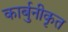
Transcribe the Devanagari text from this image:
कार्बुनीकृत